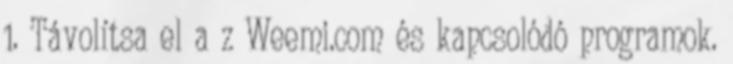
1. Távolítsa el a z Weemi.com és kapcsolódó programok.